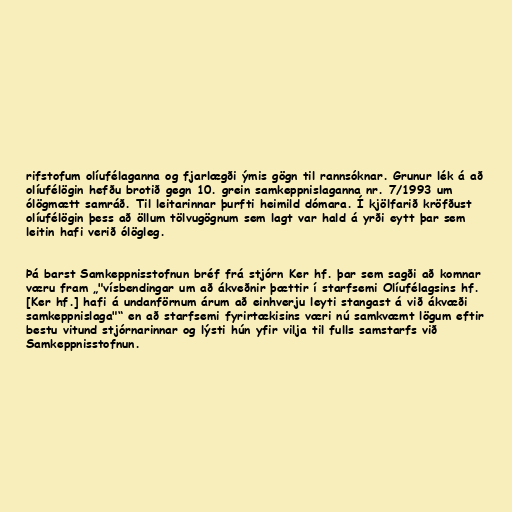
rifstofum olíufélaganna og fjarlægði ýmis gögn til rannsóknar. Grunur lék á að
olíufélögin hefðu brotið gegn 10. grein samkeppnislaganna nr. 7/1993 um
ólögmætt samráð. Til leitarinnar þurfti heimild dómara. Í kjölfarið kröfðust
olíufélögin þess að öllum tölvugögnum sem lagt var hald á yrði eytt þar sem
leitin hafi verið ólögleg.

Þá barst Samkeppnisstofnun bréf frá stjórn Ker hf. þar sem sagði að komnar
væru fram „"vísbendingar um að ákveðnir þættir í starfsemi Olíufélagsins hf.
[Ker hf.] hafi á undanförnum árum að einhverju leyti stangast á við ákvæði
samkeppnislaga"“ en að starfsemi fyrirtækisins væri nú samkvæmt lögum eftir
bestu vitund stjórnarinnar og lýsti hún yfir vilja til fulls samstarfs við
Samkeppnisstofnun.